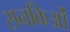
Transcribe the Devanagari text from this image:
सनकिओं